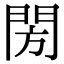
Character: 閍